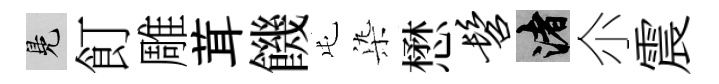
鳬飣雕茸饑屯𣑱懋髫渚尒震